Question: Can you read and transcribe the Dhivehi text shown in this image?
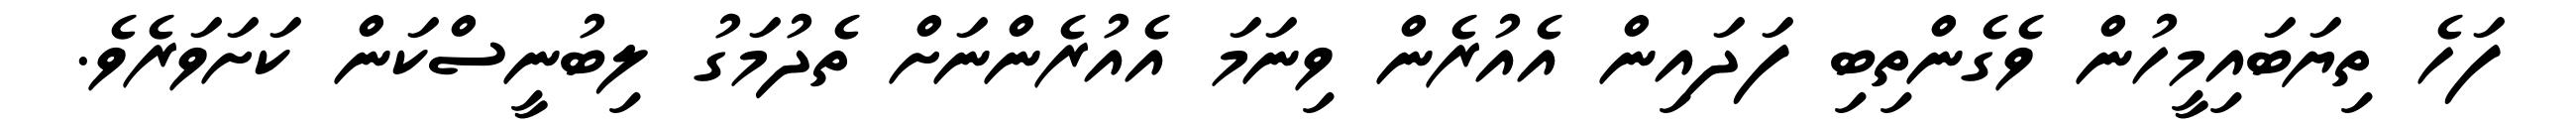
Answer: ފަހެ ތިޔަބައިމީހުން ވެގެންތިބި ފަދައިން އެއުރެން ވިނަމަ އެއުރެންނަށް ތެދުމަގު ލިބުނީސްކަން ކަށަވަރެވެ.